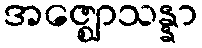
အဇ္ဈောသန္နာ